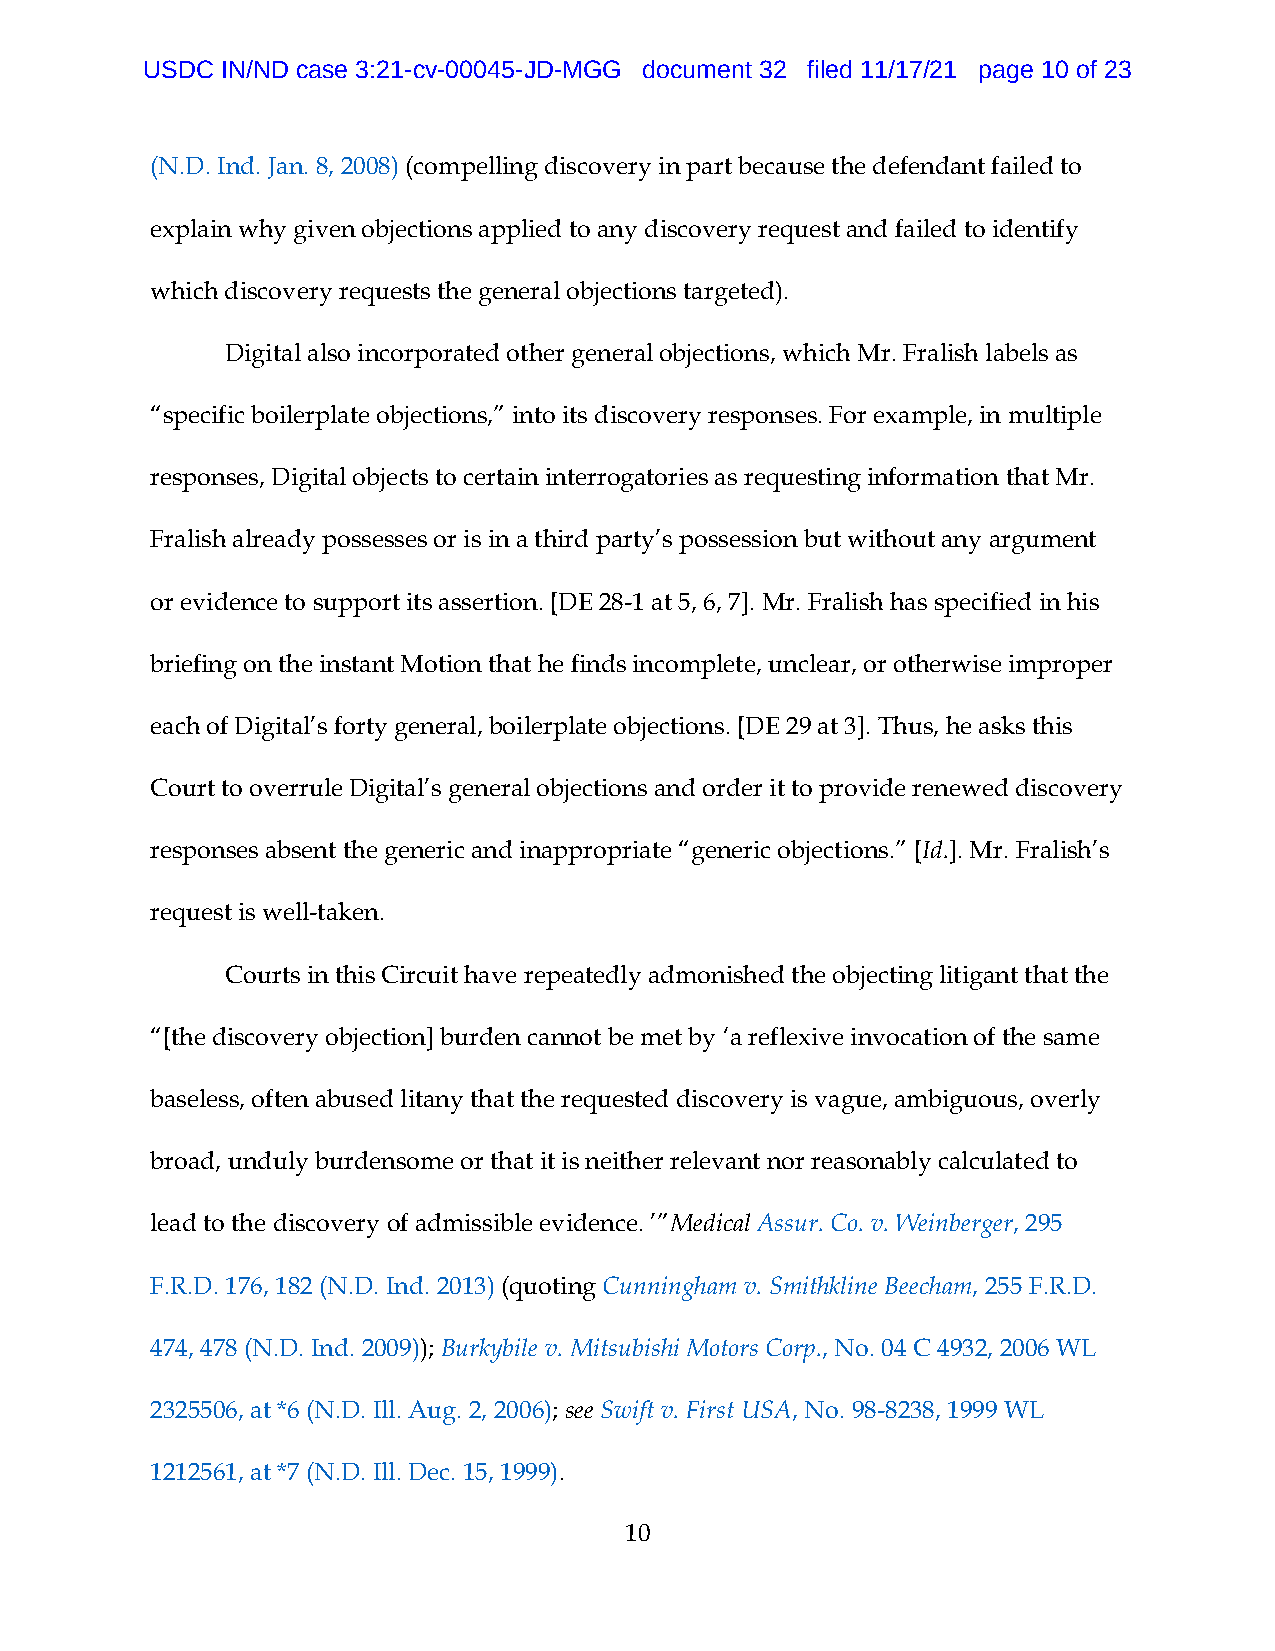
USDC  IN/ND case 3:21-cv-00045-JD-MGG document 32 filed 11/17/21 page 10 of 23
 (N.D. Ind. Jan. 8, 2008) (compelling discovery in part because the defendant failed to
 explain why given objections applied to any discovery request and failed to identify
 which discovery requests the general objections targeted).
 Digital also incorporated other general objections, which Mr. Fralish labels as
 “specific boilerplate objections,” into its discovery responses. For example, in multiple
 responses, Digital objects to certain interrogatories as requesting information that Mr.
 Fralish already possesses or is in a third party’s possession but without any argument
 or evidence to support its assertion. [DE 28-1 at 5, 6, 7]. Mr. Fralish has specified in his
 briefing on the instant Motion that he finds incomplete, unclear, or otherwise improper
 each of Digital’s forty general, boilerplate objections. [DE 29 at 3]. Thus, he asks this
 Court to overrule Digital’s general objections and order it to provide renewed discovery
 responses absent the generic and inappropriate “generic objections.” [Id.]. Mr. Fralish’s
 request is well-taken.
 Courts in this Circuit have repeatedly admonished the objecting litigant that the
 “[the discovery objection] burden cannot be met by ‘a reflexive invocation of the same
 baseless, often abused litany that the requested discovery is vague, ambiguous, overly
 broad, unduly burdensome or that it is neither relevant nor reasonably calculated to
 lead to the discovery of admissible evidence. ’”Medical Assur. Co. v. Weinberger, 295
 F.R.D. 176, 182 (N.D. Ind. 2013) (quoting Cunningham v. Smithkline Beecham, 255 F.R.D.
 474, 478 (N.D. Ind. 2009)); Burkybile v. Mitsubishi Motors Corp., No. 04 C 4932, 2006 WL
 2325506, at *6 (N.D. Ill. Aug. 2, 2006); see Swift v. First USA, No. 98-8238, 1999 WL
 1212561, at *7 (N.D. Ill. Dec. 15, 1999).
 10